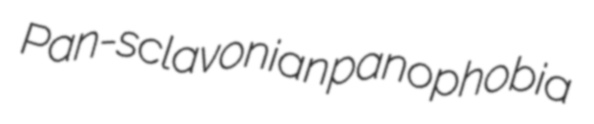
Pan-sclavonian panophobia